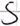
Text: S